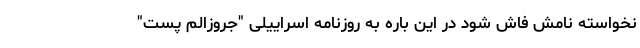
نخواسته نامش فاش شود در این باره به روزنامه اسراییلی "جروزالم پست"